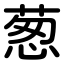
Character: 葱